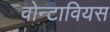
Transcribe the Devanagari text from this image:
वोन्टावियस